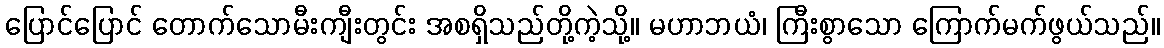
ပြောင်ပြောင် တောက်သောမီးကျီးတွင်း အစရှိသည်တို့ကဲ့သို့။ မဟာဘယံ၊ ကြီးစွာသော ကြောက်မက်ဖွယ်သည်။